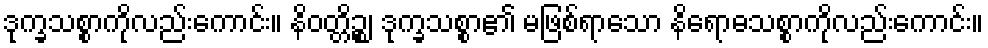
ဒုက္ခသစ္စာကိုလည်းကောင်း။ နိဝတ္တိဉ္စ၊ ဒုက္ခသစ္စာ၏ မဖြစ်ရာသော နိရောဓသစ္စာကိုလည်းကောင်း။